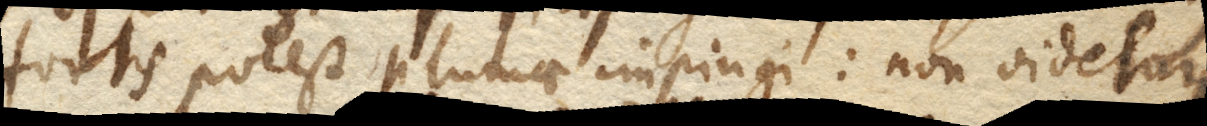
fortis potest plumae impingi: non videtur,